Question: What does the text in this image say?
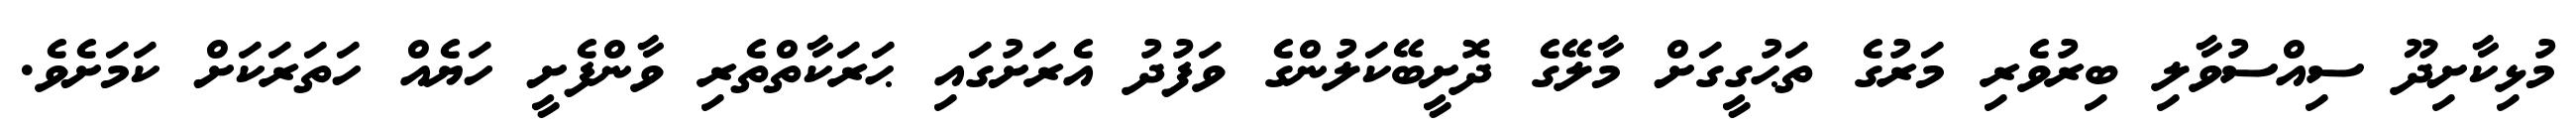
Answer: މުޅިކާށިދޫ ސިއްސުވާލި ބިރުވެރި މަރުގެ ތަޙުގީގަށް މާލޭގެ ދޮށީބޭކަލުންގެ ވަފުދު އެރަަށުގައި ޙަރަކާތްތެރި ވާންފެށީ ހަޔެއް ހަތަރަކަށް ކަމަށެވެ.